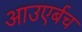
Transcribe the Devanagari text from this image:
आउएर्बच